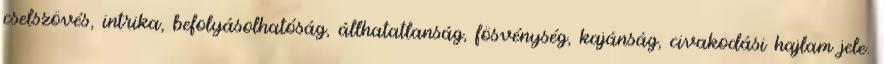
cselszövés, intrika, befolyásolhatóság, állhatatlanság, fösvénység, kajánság, civakodási hajlam jele.